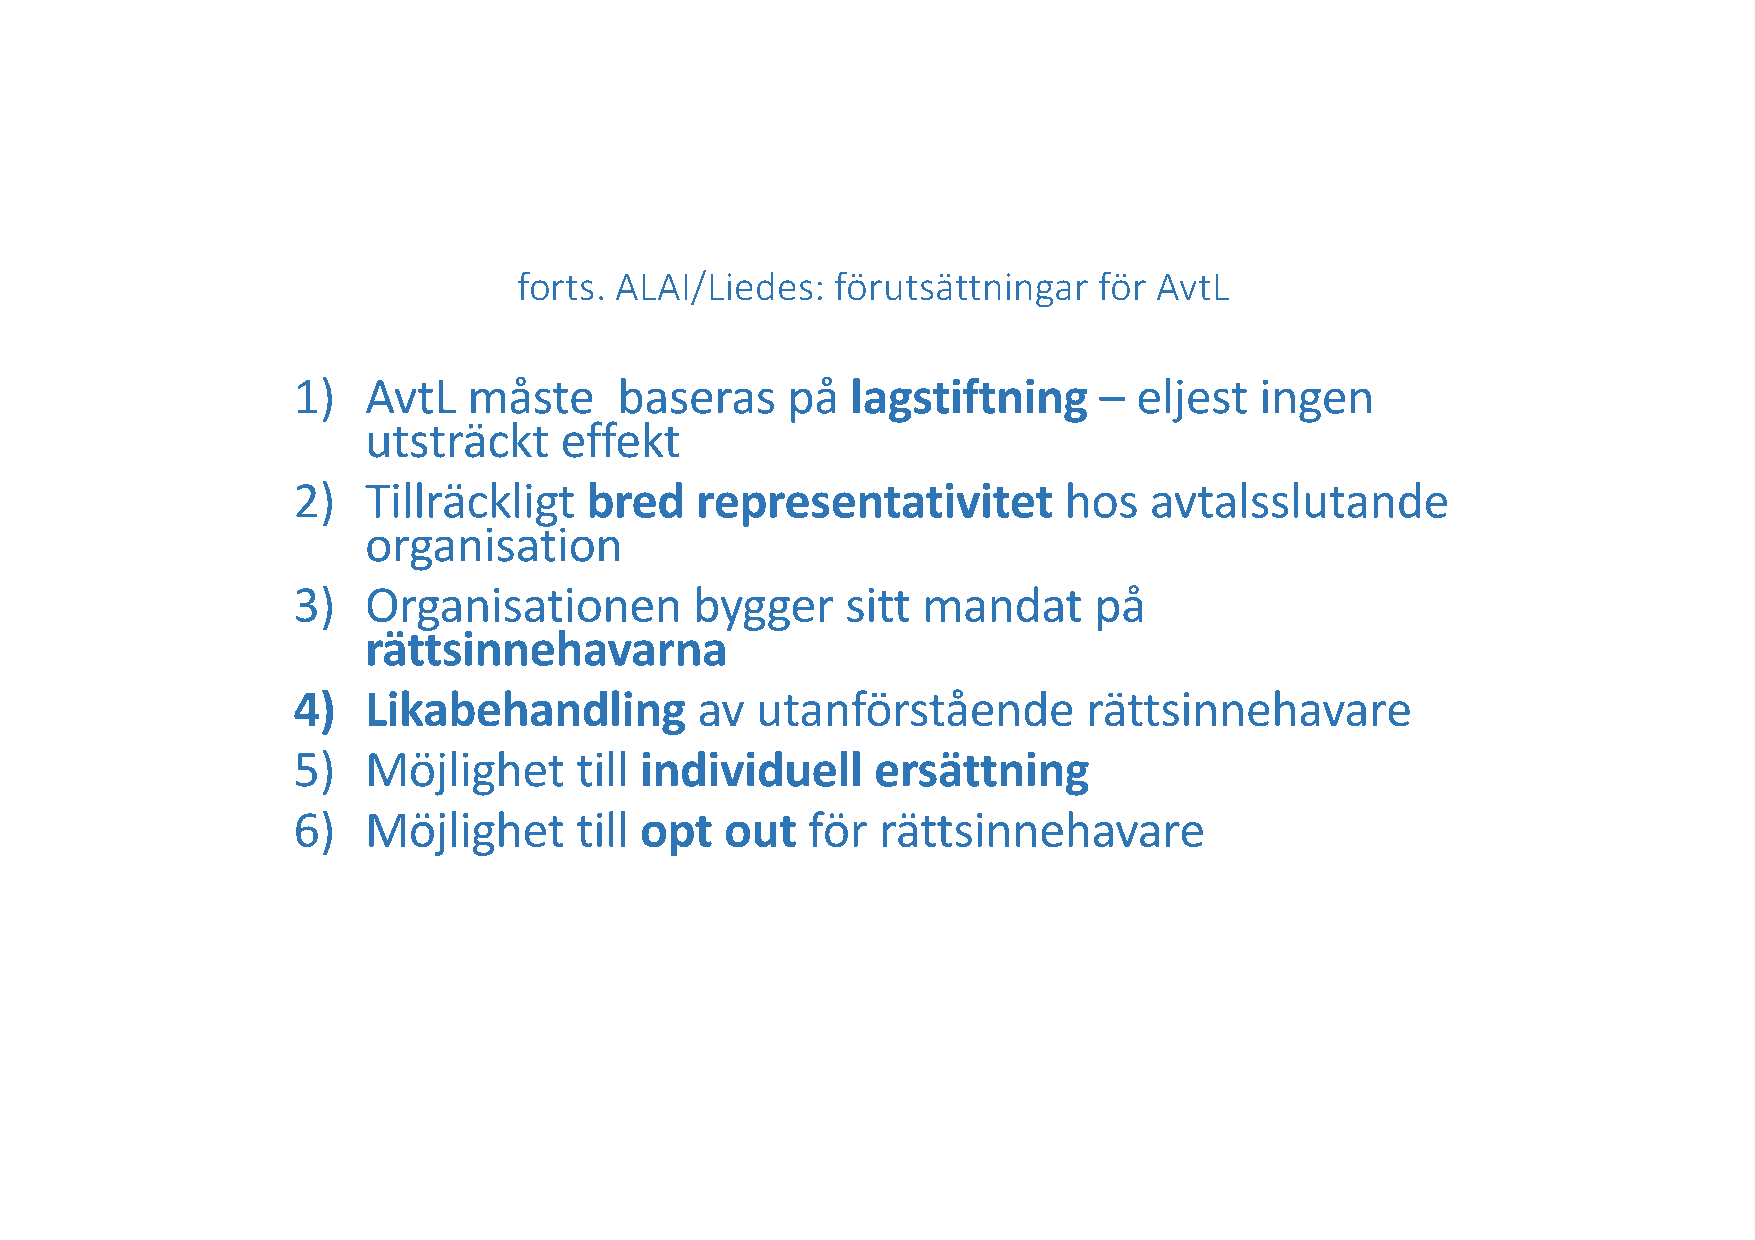
forts. ALAI/Liedes:  förutsättningar   för AvtL
 1)   AvtL   måste     baseras    på  lagstiftning     – eljest  ingen
 utsträckt    effekt
 2)   Tillräckligt   bred   representativitet       hos   avtalsslutande
 organisation
 3)   Organisationen        bygger    sitt mandat     på
 rättsinnehavarna
 4)   Likabehandling        av  utanförstående        rättsinnehavare
 5)   Möjlighet     till individuell    ersättning
 6)   Möjlighet     till opt  out  för  rättsinnehavare